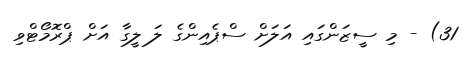
31) - މި ސީޒަންގައި އަލަށް ސްޕެއިންގެ ލަ ލީގާ އަށް ޕްރޮމޯޓްވި